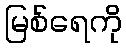
မြစ်ရေကို